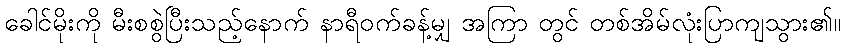
ခေါင်မိုးကို မီးစစွဲပြီးသည့်နောက် နာရီဝက်ခန့်မျှ အကြာ တွင် တစ်အိမ်လုံးပြာကျသွား၏။